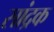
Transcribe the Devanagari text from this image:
सांद्रक